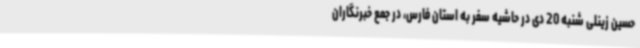
حسین زینلی شنبه 20 دی در حاشیه سفر به استان فارس، در جمع خبرنگاران